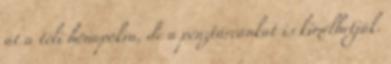
át a téli hónapokra, de a pénztárcánkat is kímélhetjük.